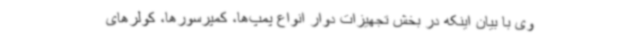
وی با بیان اینکه در بخش تجهیزات دوار انواع پمپ‌ها، کمپرسورها، کولرهای